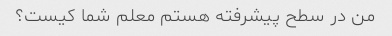
من در سطح پیشرفته هستم معلم شما کیست؟